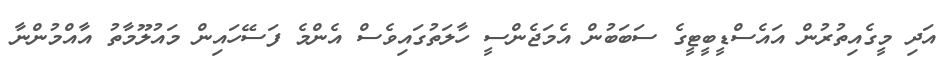
އަދި މީގެއިތުރުން އައެސްޑީބީޓީގެ ސަބަބުން އެމަޖެންސީ ހާލަތުގައިވެސް އެންމެ ފަސޭހައިން މައުލޫމާތު އާއްމުންނާ